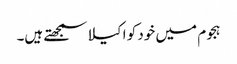
ہجوم میں خود کو اکیلا سمجھتے ہیں۔